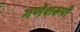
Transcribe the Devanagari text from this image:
गणेशरूपी